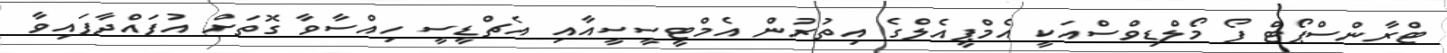
ޓްރާންސްޕޯޓް ފޯ މޯލްޑިވްސްއަކީ އެމްޕީއެލްގެ އިތުރުން އެމްޓީސީސީއާއި އެޗްޑީސީ ހިއްސާވާ ގޮތަށް އުފައްދާފައިވާ